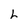
Character: L